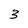
Character: 3